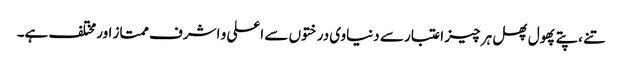
تنے ،پتے پھول پھل ہر چیز اعتبار سے دنیاوی درختوں سے اعلی و اشرف ممتاز اورمختلف ہے۔